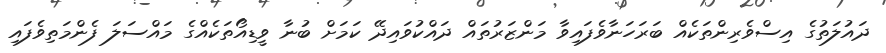
ދައުލަތުގެ އިސްވެރިންތަކެއް ބަރަހަނާވެފައިވާ މަންޒަރުތައް ދައްކުވައިދޭ ކަމަށް ބުނާ ވީޑިއޯތަކެއްގެ މައްސަލަ ފެންމަތިވެފައި